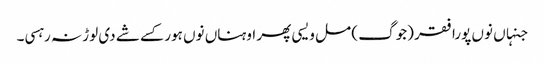
جنہاں نوں پورا فقر (جوگ ) مل ویسی پھر اوہناں نوں ہور کسے شے دی لوڑ نہ رہسی۔